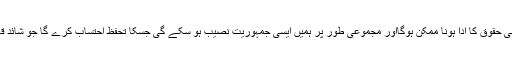
اسی سے گڈ گورننس اور عوامی حقوق کا ادا ہونا ممکن ہوگااور مجموعی طور پر ہمیں ایسی جمہوریت نصیب ہو سکے گی جسکا تحفظ احتساب کرے گا جو شائد قانونِ قدرت کے عین مطابق ہو۔